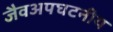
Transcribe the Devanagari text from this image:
जैवअपघटनीय